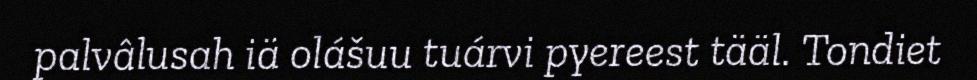
palvâlusah iä olášuu tuárvi pyereest tääl. Tondiet